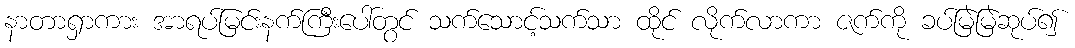
နာတာရှာကား အာရပ်မြင်းနက်ကြီးပေါ်တွင် သက်သောင့်သက်သာ ထိုင် လိုက်လာကာ ဇက်ကို ခပ်မြဲမြဲဆုပ်၍